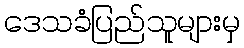
ဒေသခံပြည်သူများမှ